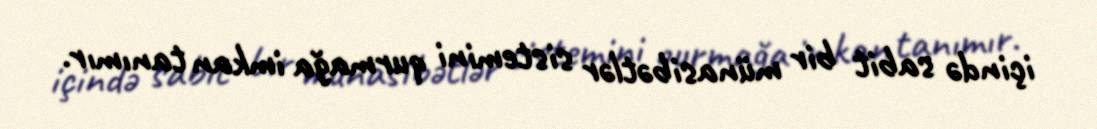
içində sabit bir münasibətlər sistemini qurmağa imkan tanımır.